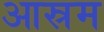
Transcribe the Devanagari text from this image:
आस्रम